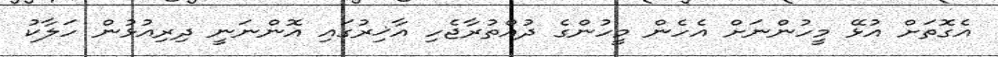
އެގޮތަށް އުޅޭ މީހުންނަށް އެހެން މީހުންގެ ދުއްތުރާޖެހި އާޚިރުގައި އޮންނަނީ ދިރިއުޅުން ހަލާކު